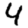
Digit: 4